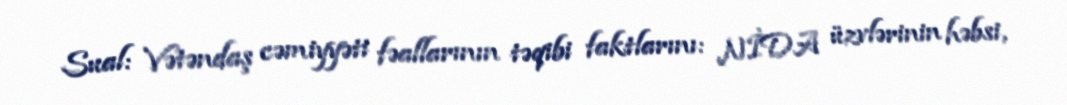
Sual: Vətəndaş cəmiyyəti fəallarının təqibi faktlarını: NİDA üzvlərinin həbsi,